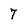
Character: 7